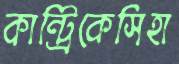
কান্ট্রিকেসিহা